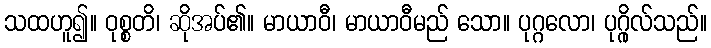
သထဟူ၍။ ဝုစ္စတိ၊ ဆိုအပ်၏။ မာယာဝီ၊ မာယာဝီမည် သော။ ပုဂ္ဂလော၊ ပုဂ္ဂိုလ်သည်။